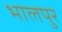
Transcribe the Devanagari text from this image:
भालपुर